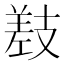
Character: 𫶰